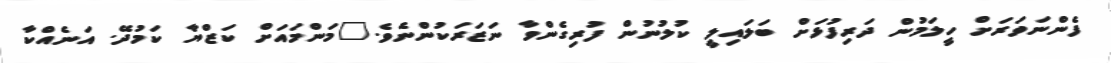
ފެންނަވަރަށް ހީލަމުން ދަރިފުޅަށް ބަލައިލީ ކުލުނުން ފުރިގެންވާ ނަޒަރަކުންނެވެ."މަންމައަށް ކަޒްޔާ ކަމުދޭ. އަނެއްކާ